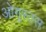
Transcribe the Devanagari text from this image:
ओगुस्तस